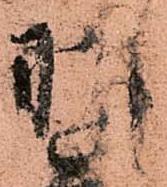
羽